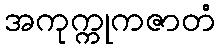
အကုက္ကုကဇာတံ